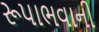
રૂપાભવાની